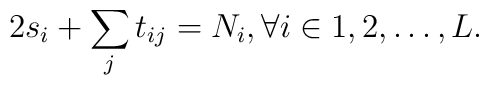
2 s_i+\sum_j t_{ij} = N_i, \forall i \in {1,2,\ldots,L}.